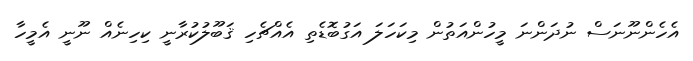
އެހެންނޫނަސް ނުދަންނަ މީހުންއަތުން މިކަހަލަ އަގުބޮޑެތި އެއްޗެހި ޤަބޫލުކުރާނީ ކިހިނެއް ނޫނީ އެމީހާ